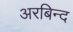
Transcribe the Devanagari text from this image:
अरबिन्द